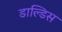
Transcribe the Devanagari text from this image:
डाल्डिस